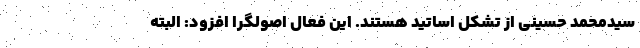
سیدمحمد حسینی از تشکل اساتید هستند. این فعال اصولگرا افزود: البته